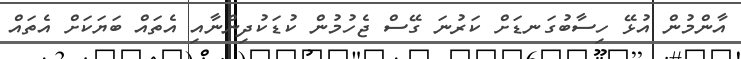
އާންމުން އުޅޭ ހިސާބުގަނޑަށް ކަރުނަ ގޭސް ޖެހުމުން ކުޑަކުދިންނާއި އެތައް ބަޔަކަށް އެތައް